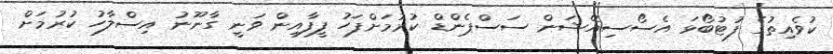
ކުވެއިތުގެ ފުޓުބޯޅަ އެސޯސިއޭޝަން ސަސްޕެންޑް ކުރުމަށްފަހު ފީފާއިން ވަނީ ގާނޫނު އިސްލާހު ކުރުމަށް